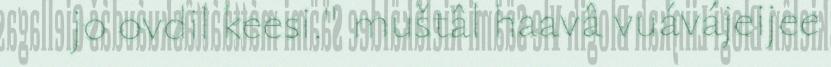
jo ovdil keesi." muštâl haavâ vuávájeijee